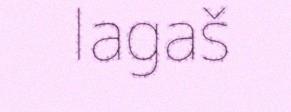
lagaš